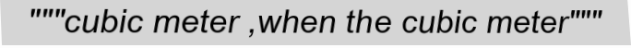
"""cubic meter ,when the cubic meter"""